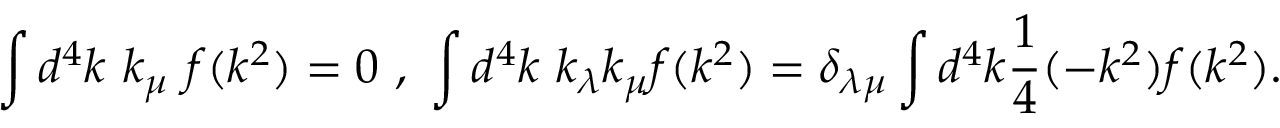
\int d ^ { 4 } k \ k _ { \mu } \ f ( k ^ { 2 } ) = 0 \ , \ \int d ^ { 4 } k \ k _ { \lambda } k _ { \mu } f ( k ^ { 2 } ) = \delta _ { \lambda \mu } \int d ^ { 4 } k \frac { 1 } { 4 } ( - k ^ { 2 } ) f ( k ^ { 2 } ) .